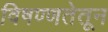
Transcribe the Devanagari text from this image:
विषण्णतेतून